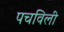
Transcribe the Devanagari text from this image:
पचविली